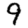
Digit: 9